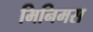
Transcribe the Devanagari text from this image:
मिनिमस